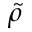
\tilde { \rho }